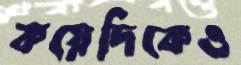
কয়েদিকেও